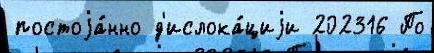
постоjа́нно д'ислока́циjи 202316 По